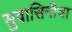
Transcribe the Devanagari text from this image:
सुवासिनीचा